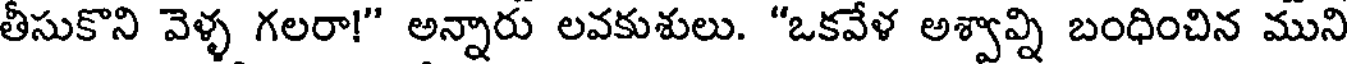
తీసుకొని వెళ్ళ గలరా!" అన్నారు లవకుశులు. "ఒకవేళ అశ్వావ్ని బంధించిన ముని